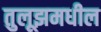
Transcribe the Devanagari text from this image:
तुलूझमधील